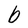
Character: b